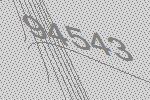
94543